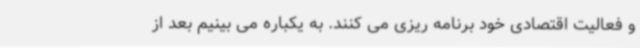
و فعالیت اقتصادی خود برنامه ریزی می کنند. به یکباره می بینیم بعد از